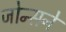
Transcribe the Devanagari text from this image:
जोन्सने